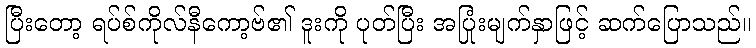
ပြီးတော့ ရပ်စ်ကိုလ်နီကော့ဗ်၏ ဒူးကို ပုတ်ပြီး အပြုံးမျက်နှာဖြင့် ဆက်ပြောသည်။